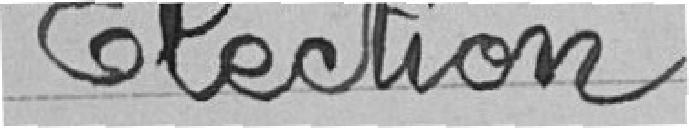
Election